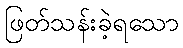
ဖြတ်သန်းခဲ့ရသော